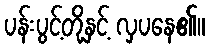
ပန်းပွင့်တို့နှင့် လှပနေ၏။